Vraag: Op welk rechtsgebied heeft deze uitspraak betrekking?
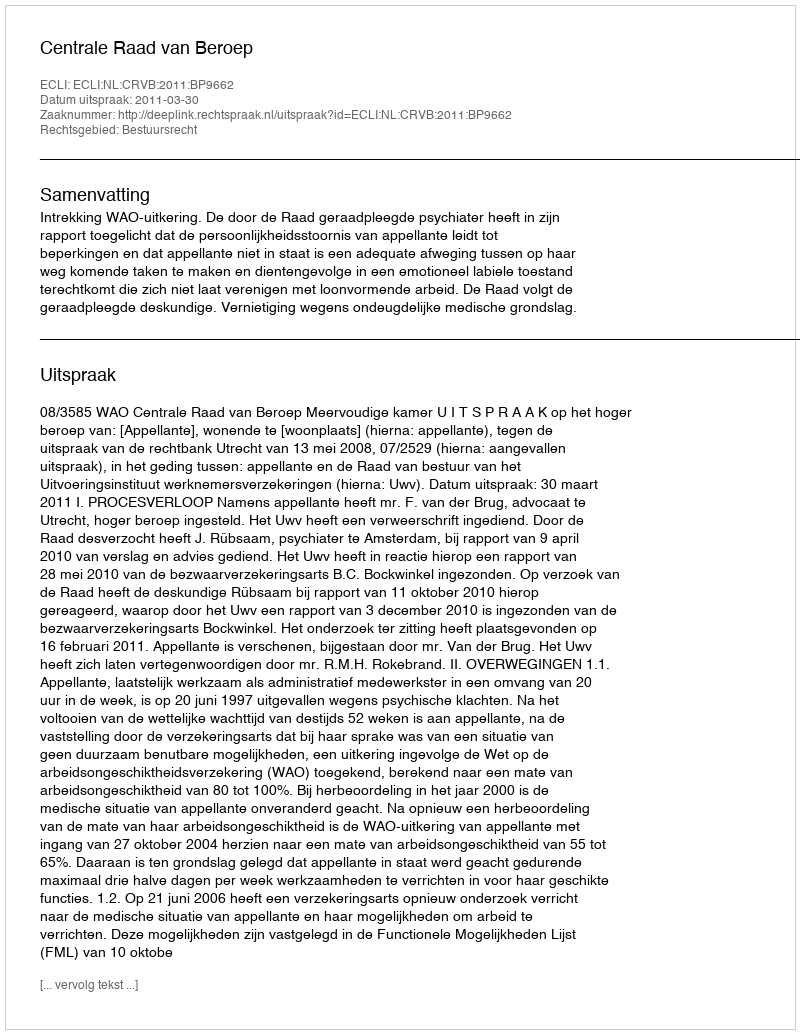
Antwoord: Bestuursrecht